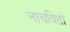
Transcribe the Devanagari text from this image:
नाचवितो